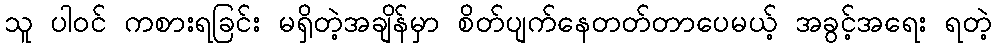
သူ ပါဝင် ကစားရခြင်း မရှိတဲ့အချိန်မှာ စိတ်ပျက်နေတတ်တာပေမယ့် အခွင့်အရေး ရတဲ့